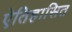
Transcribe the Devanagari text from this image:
ऐतिहासित